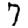
Digit: 7